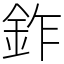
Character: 鈼